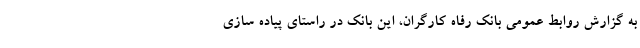
به گزارش روابط عمومی بانک رفاه کارگران، این بانک در راستای پیاده سازی